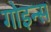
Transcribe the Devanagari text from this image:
गोइन्स